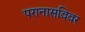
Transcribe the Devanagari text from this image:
परानासविवर